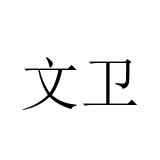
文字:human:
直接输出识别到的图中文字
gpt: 文卫